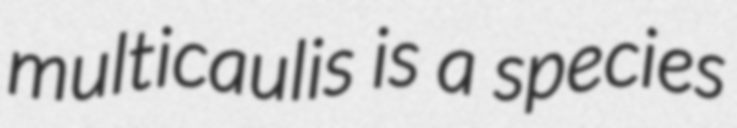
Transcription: multicaulis is a species